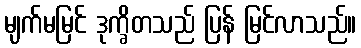
မျက်မမြင် ဒုက္ခိတသည် ပြန် မြင်လာသည်။